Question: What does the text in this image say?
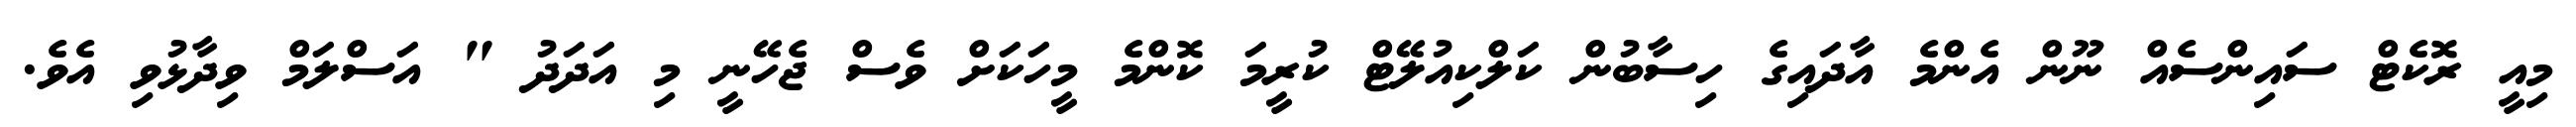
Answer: މިއީ ރޮކެޓް ސައިންސެއް ނޫން އެންމެ އާދައިގެ ހިސާބުން ކަލްކިއުލޭޓް ކުރީމަ ކޮންމެ މީހަކަށް ވެސް ޖެހޭނީ މި އަދަދު " އަސްލަމް ވިދާޅުވި އެވެ.